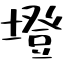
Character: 墱